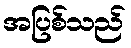
အပြစ်သည်